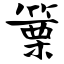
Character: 篥